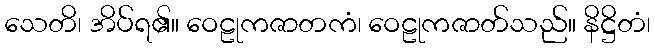
သေတိ၊ အိပ်ရ၏။ ဝေဠုကဇာတကံ၊ ဝေဠုကဇာတ်သည်။ နိဋ္ဌိတံ၊